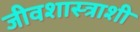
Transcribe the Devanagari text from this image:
जीवशास्त्राशी